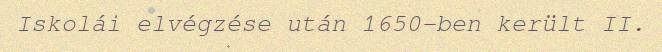
Iskolái elvégzése után 1650-ben került II.